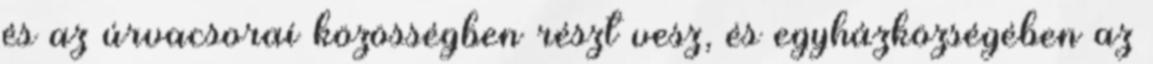
és az úrvacsorai közösségben részt vesz, és egyházközségében az